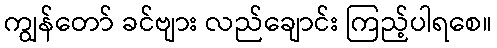
ကျွန်တော် ခင်ဗျား လည်ချောင်း ကြည့်ပါရစေ။